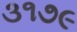
૩૧૭૯